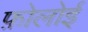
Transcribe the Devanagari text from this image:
फ़ोलोई